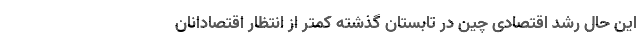
این حال رشد اقتصادی چین در تابستان گذشته کمتر از انتظار اقتصادانان